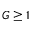
G \geq 1